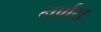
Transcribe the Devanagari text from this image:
नर्णय